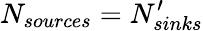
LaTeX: N_{sources}=N_{sinks}^{\prime}